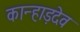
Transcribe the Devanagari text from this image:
कान्हाड़देव